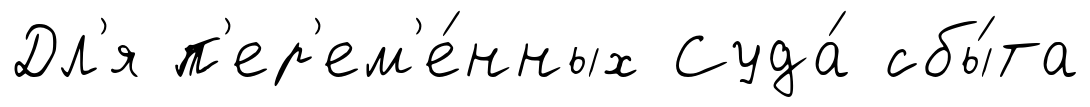
Дл'я п'ер'ем'е́нных Суда́ сбы́та